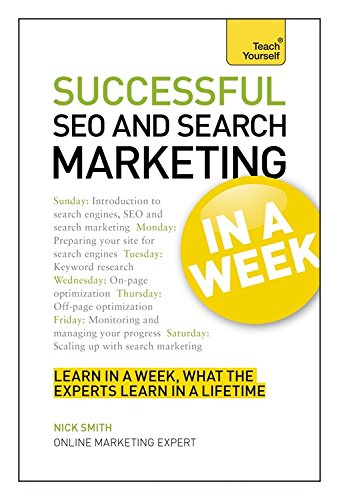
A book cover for Succesful SEO and Search Marketing in a Week: Teach Yourself; Nick Smith; Computers & Technology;